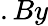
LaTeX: .By